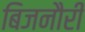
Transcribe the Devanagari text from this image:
बिजनौरी